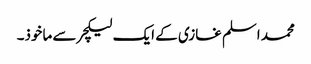
محمد اسلم غازی کے ایک لیکچر سے ماخوذ۔